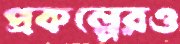
প্রকল্পেরও